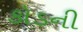
કૉડની